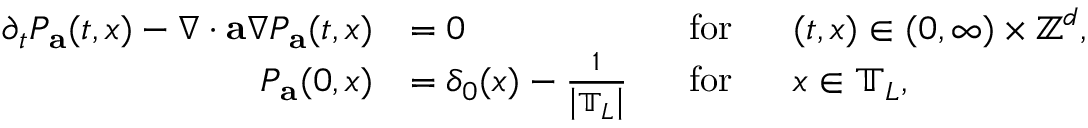
\begin{array} { r l r l } { \partial _ { t } P _ { \mathbf { a } } ( t , x ) - \nabla \cdot \mathbf { a } \nabla P _ { \mathbf { a } } ( t , x ) } & { = 0 } & { ~ ~ \mathrm { f o r } } & { ~ ~ ( t , x ) \in ( 0 , \infty ) \times \ensuremath { \mathbb { Z } ^ { d } } , } \\ { P _ { \mathbf { a } } ( 0 , x ) } & { = \delta _ { 0 } ( x ) - \frac { 1 } { \left| \mathbb { T } _ { L } \right| } } & { ~ ~ \mathrm { f o r } } & { ~ ~ x \in \mathbb { T } _ { L } , } \end{array}